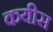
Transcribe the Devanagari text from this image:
कयीस